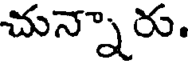
చున్నారు.